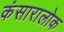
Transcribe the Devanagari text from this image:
कंसारालोक